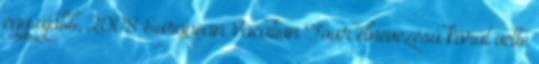
egy újabb, 2008 European Vacation Tour elnevezésű körút vette